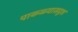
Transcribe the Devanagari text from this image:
पाकळ्यासदृश